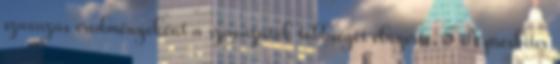
szavazás eredményeként a szavazatok többségét elnyerte. 5 A presbiter